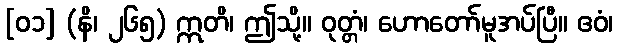
[၀၁] (နိ၊ ၂၆၅) ဣတိ၊ ဤသို့။ ဝုတ္တံ၊ ဟောတော်မူအပ်ပြီ။ ဧဝံ၊